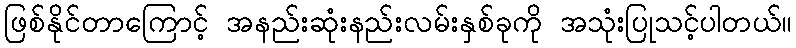
ဖြစ်နိုင်တာကြောင့် အနည်းဆုံးနည်းလမ်းနှစ်ခုကို အသုံးပြုသင့်ပါတယ်။